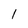
Character: I